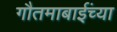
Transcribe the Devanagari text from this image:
गौतमाबाईंच्या